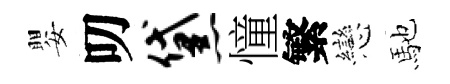
嬰叨黛憧繁戀馳